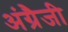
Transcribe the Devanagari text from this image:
अंग्रैजी